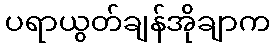
ပရာယွတ်ချန်အိုချာက